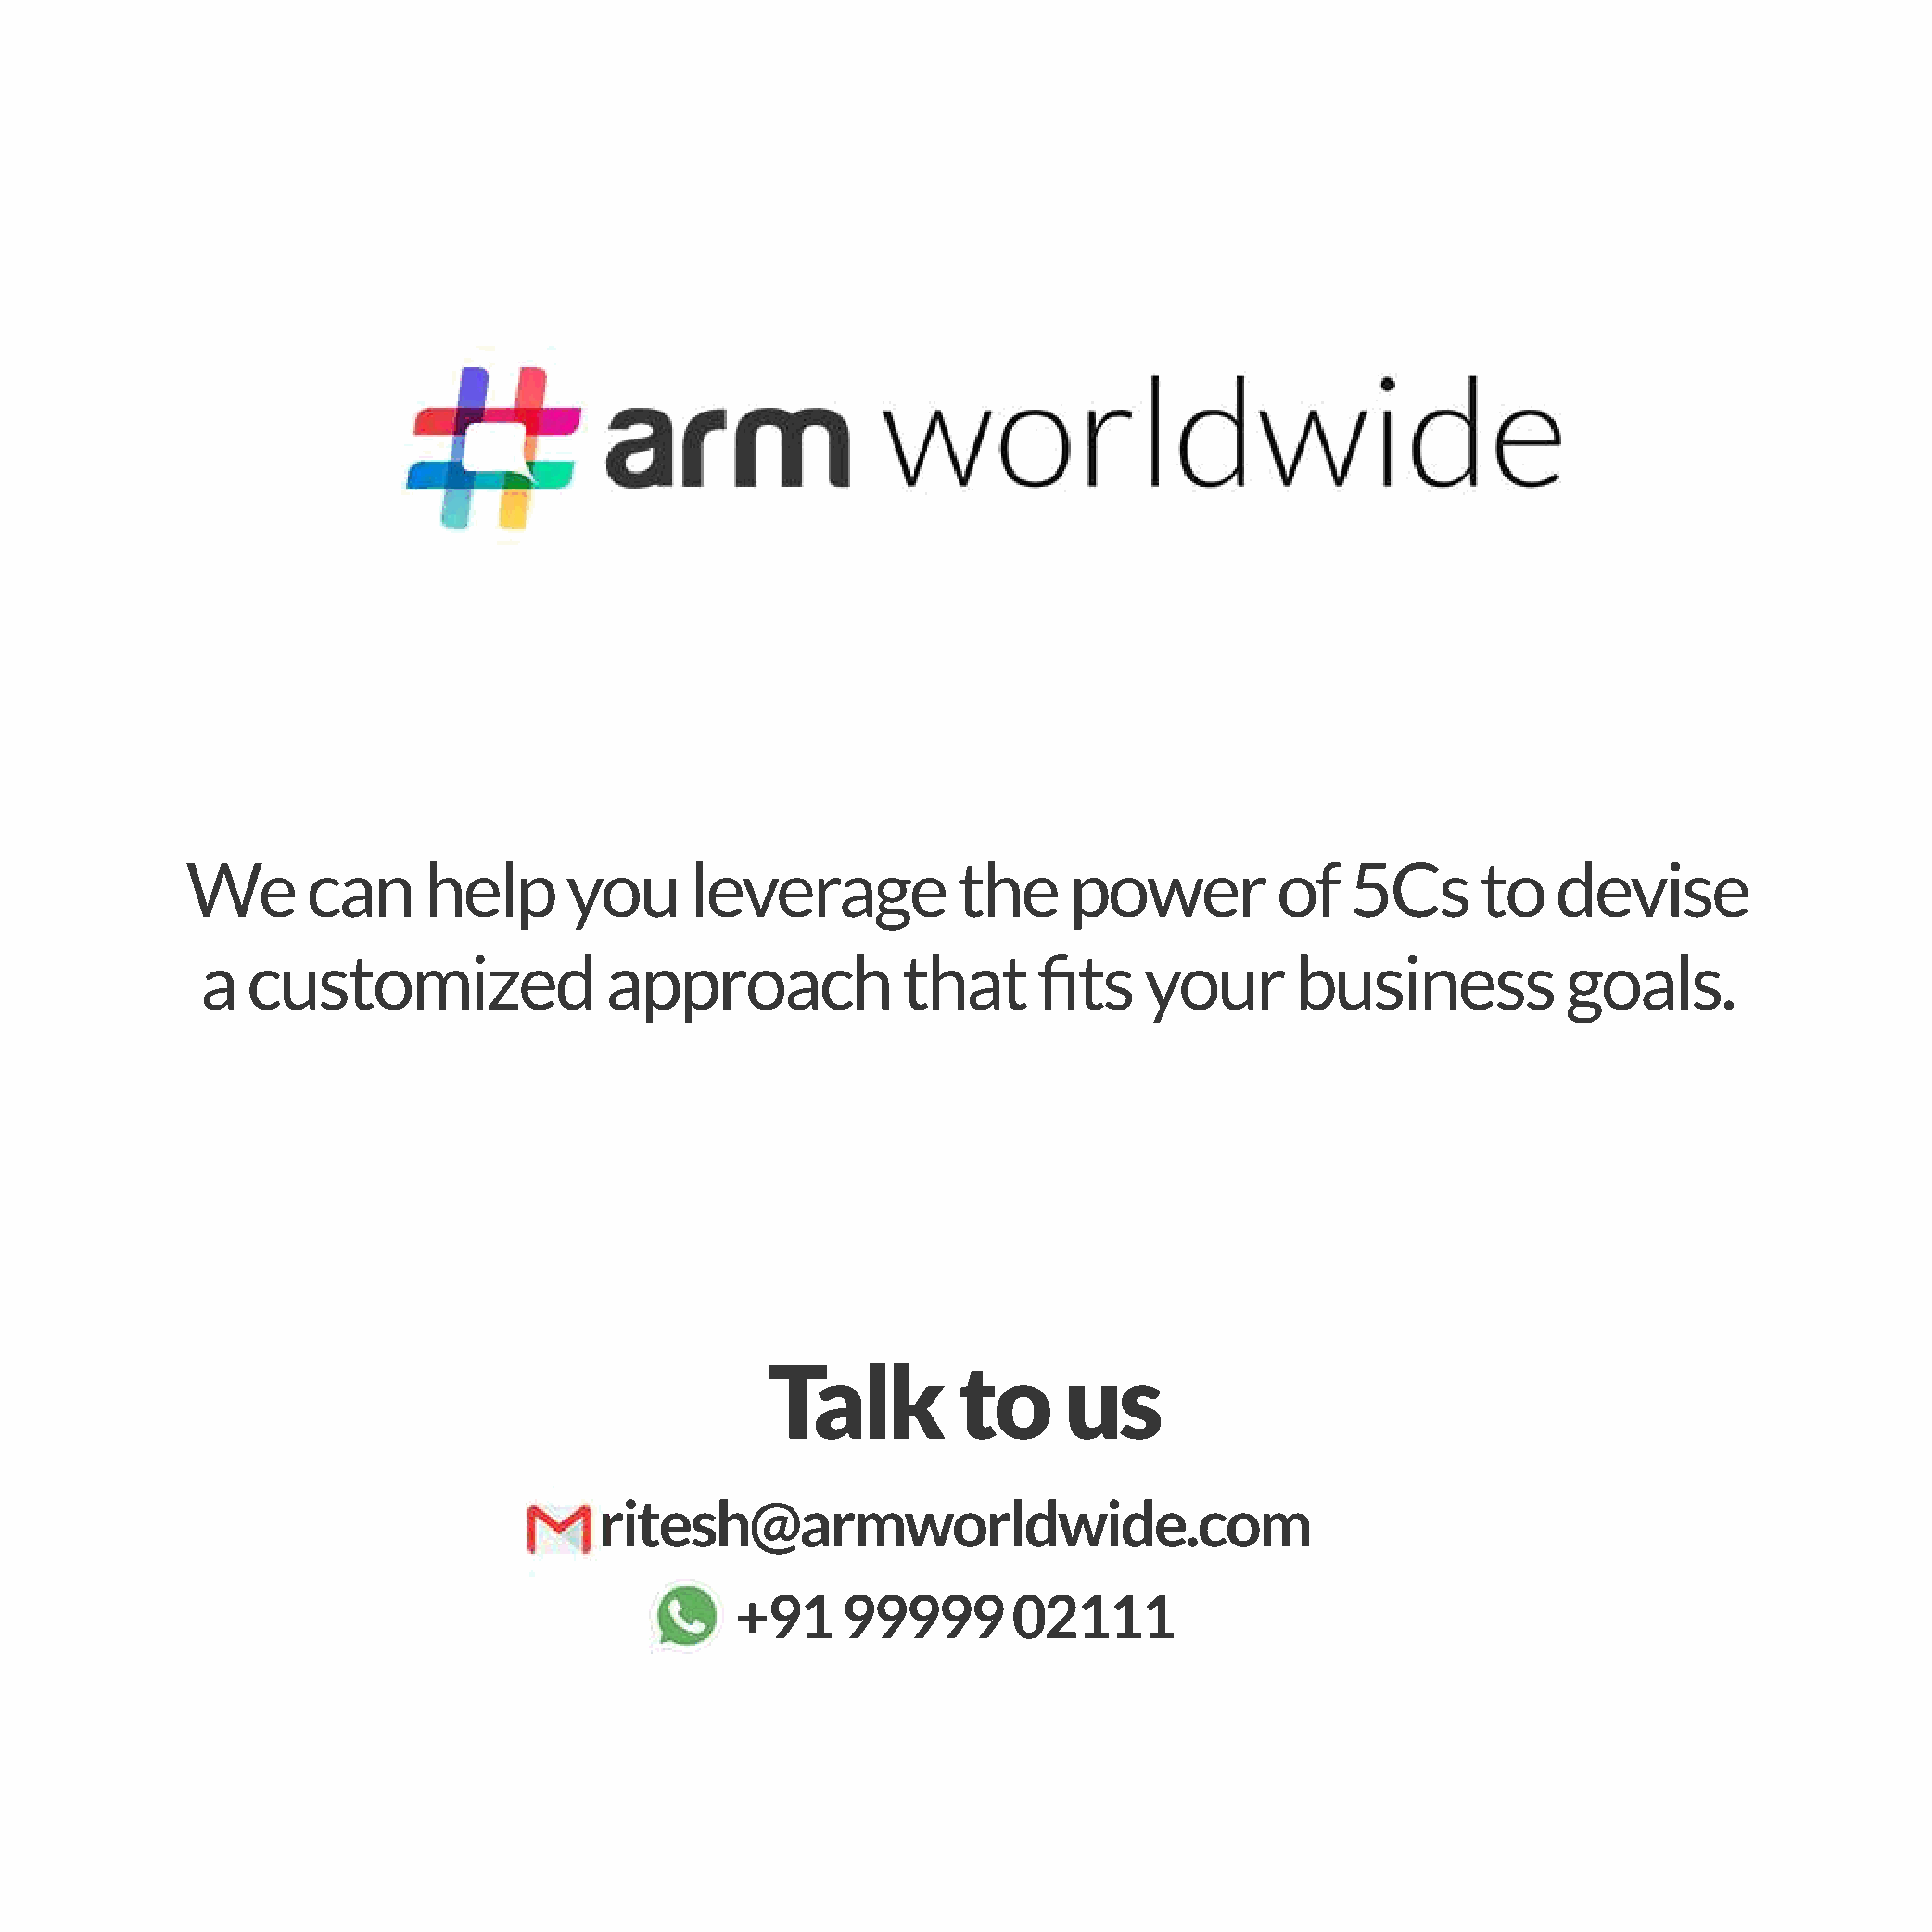
We       can     help      you      leverage           the     power          of   5Cs       to   devise
 a   customized               approach             that      fits    your      business            goals.
 Talk         to      us
 ritesh@armworldwide.com
 +91     99999       02111